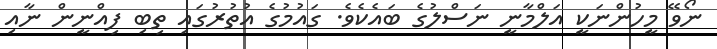
ނޯވޭ މީހުންނަކީ އަލްމާނީ ނަސްލުގެ ބައެކެވެ. ގައުމުގެ އުތުރުގައި ތިބި ފިއްނީން ނާއި